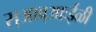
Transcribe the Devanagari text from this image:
स्आव्आःईळी